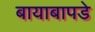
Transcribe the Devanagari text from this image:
बायाबापडे